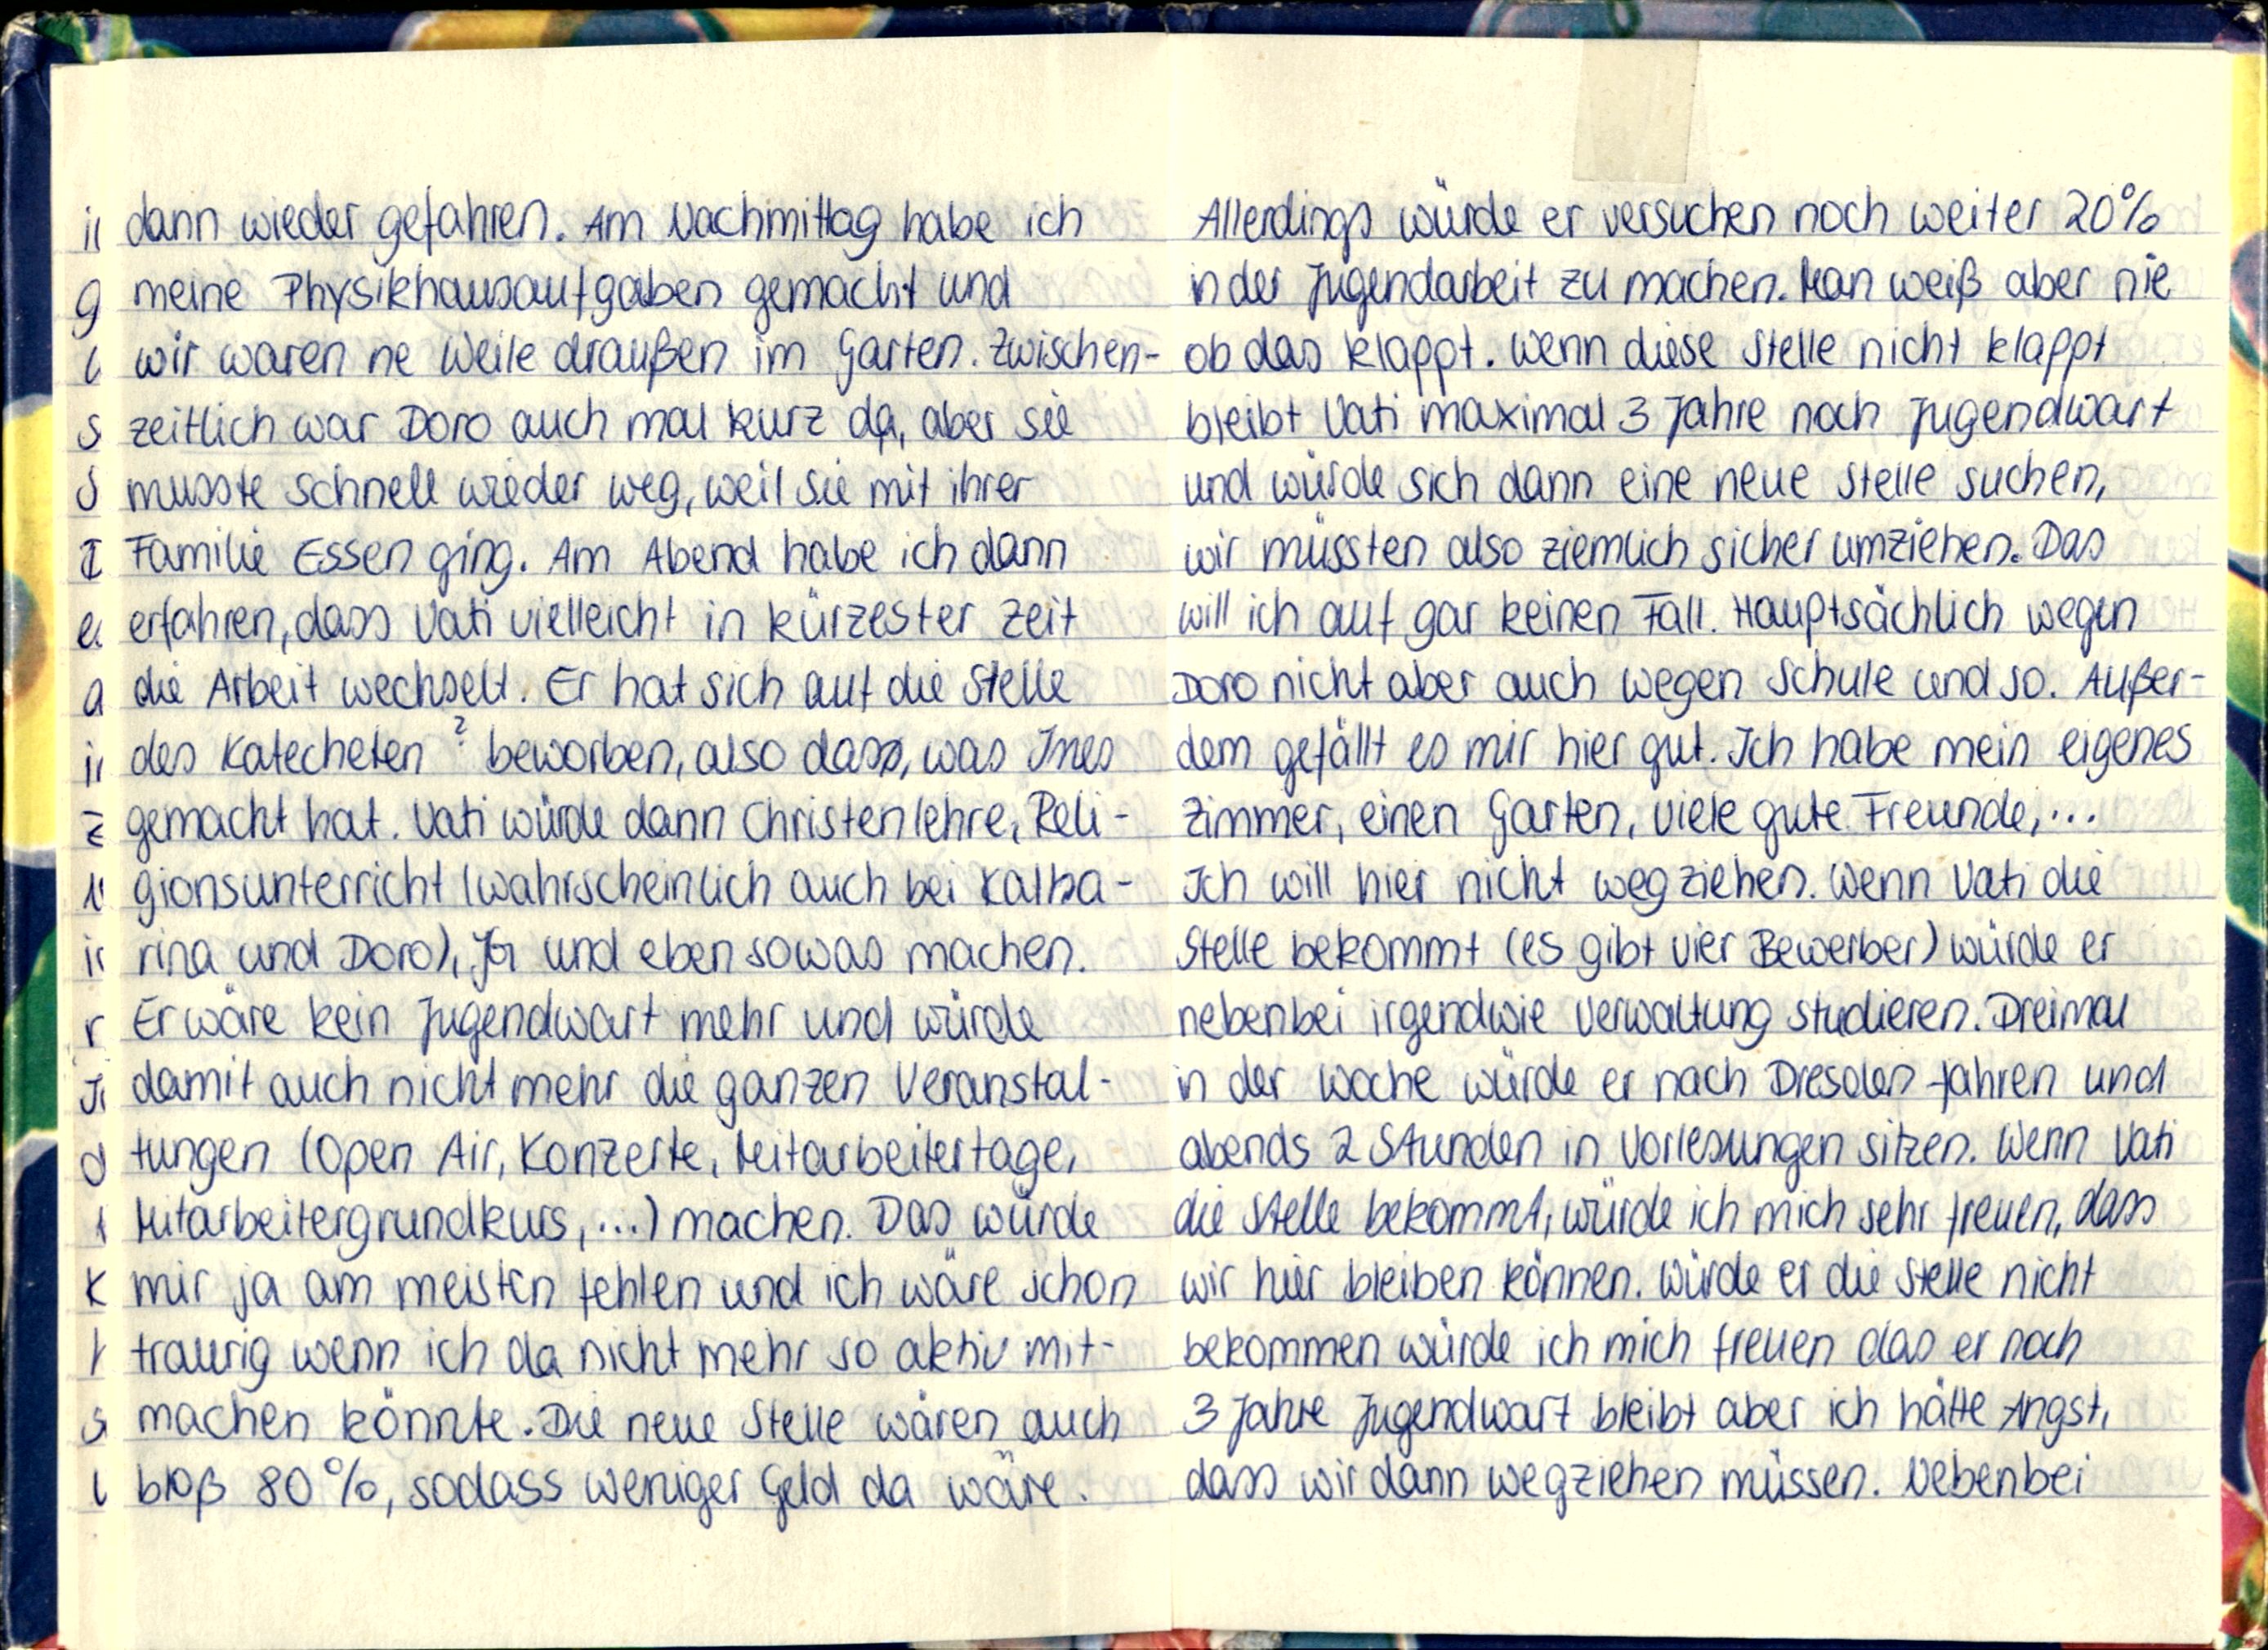
dann wieder gefahren. Am Nachmittag habe ich
meine Physikhausaufgaben gemacht und
wir waren ne Weile draußen im Garten. Zwischen-
zeitlich war Doro auch mal kurz da, aber sie
musste schnell wieder weg, weil sie mit ihrer
Familie Essen ging. Am Abend habe ich dann
erfahren, dass Vati vielleicht in kürzester Zeit
die Arbeit wechselt. Er hat sich auf die Stelle
des Katecheten beworben, also das, was Ines
gemacht hat. Vati würde dann Christenlehre, Reli-
gionsunterricht (wahrscheinlich auch bei Katha-
rina und Doro), JG und eben sowas machen.
Er wäre kein Jugendwart mehr und würde
damit auch nicht mehr die ganzen Veranstal-
tungen (Open Air, Konzerte, Mitarbeitertage,
Mitarbeitergrundkurs,...) machen. Das würde
mir ja am meisten fehlen und ich wäre schon
traurig wenn ich da nicht mehr so aktiv mit-
machen könnte. Die neue Stelle wären auch
bloß 80%, sodass weniger Geld da wäre.

Allerdings würde er versuchen noch weiter 20%
in der Jugendarbeit zu machen. Man weiß aber nie
ob das klappt. Wenn diese Stelle nicht klappt
bleibt Vati maximal 3 Jahre noch Jugendwart
und würde sich dann eine neue Stelle suchen,
wir müssten also ziemlich sicher umziehen. Das
will ich auf gar keinen Fall. Hauptsächlich wegen
Doro nicht aber auch wegen Schule und so. Außer-
dem gefällt es mir hier gut. Ich habe mein eigenes
Zimmer, einen garten, viele gute Freunde,...
Ich will hier nicht weg ziehen. Wenn Vati die
Stelle bekommt (es gibt vier Bewerber) würde er
nebenbei irgendwie Verwaltung studieren. Dreimal
in der Woche würde er nach Dresden fahren und
abends 2 Stunden in Vorlesungen sitzen. Wenn Vati
die Stelle bekommt, würde ich mich sehr freuen, dass
wir hier bleiben können. Würde er die Stelle nicht
bekommen würde ich mich freuen das er noch
3 Jahre Jugendwart bleibt aber ich hätte Angst,
dass wir dann wegziehen müssen. Nebenbei